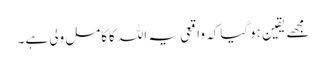
مجھے یقین ہوگیاکہ واقعی یہ اللہ کاکامل ولی ہے۔